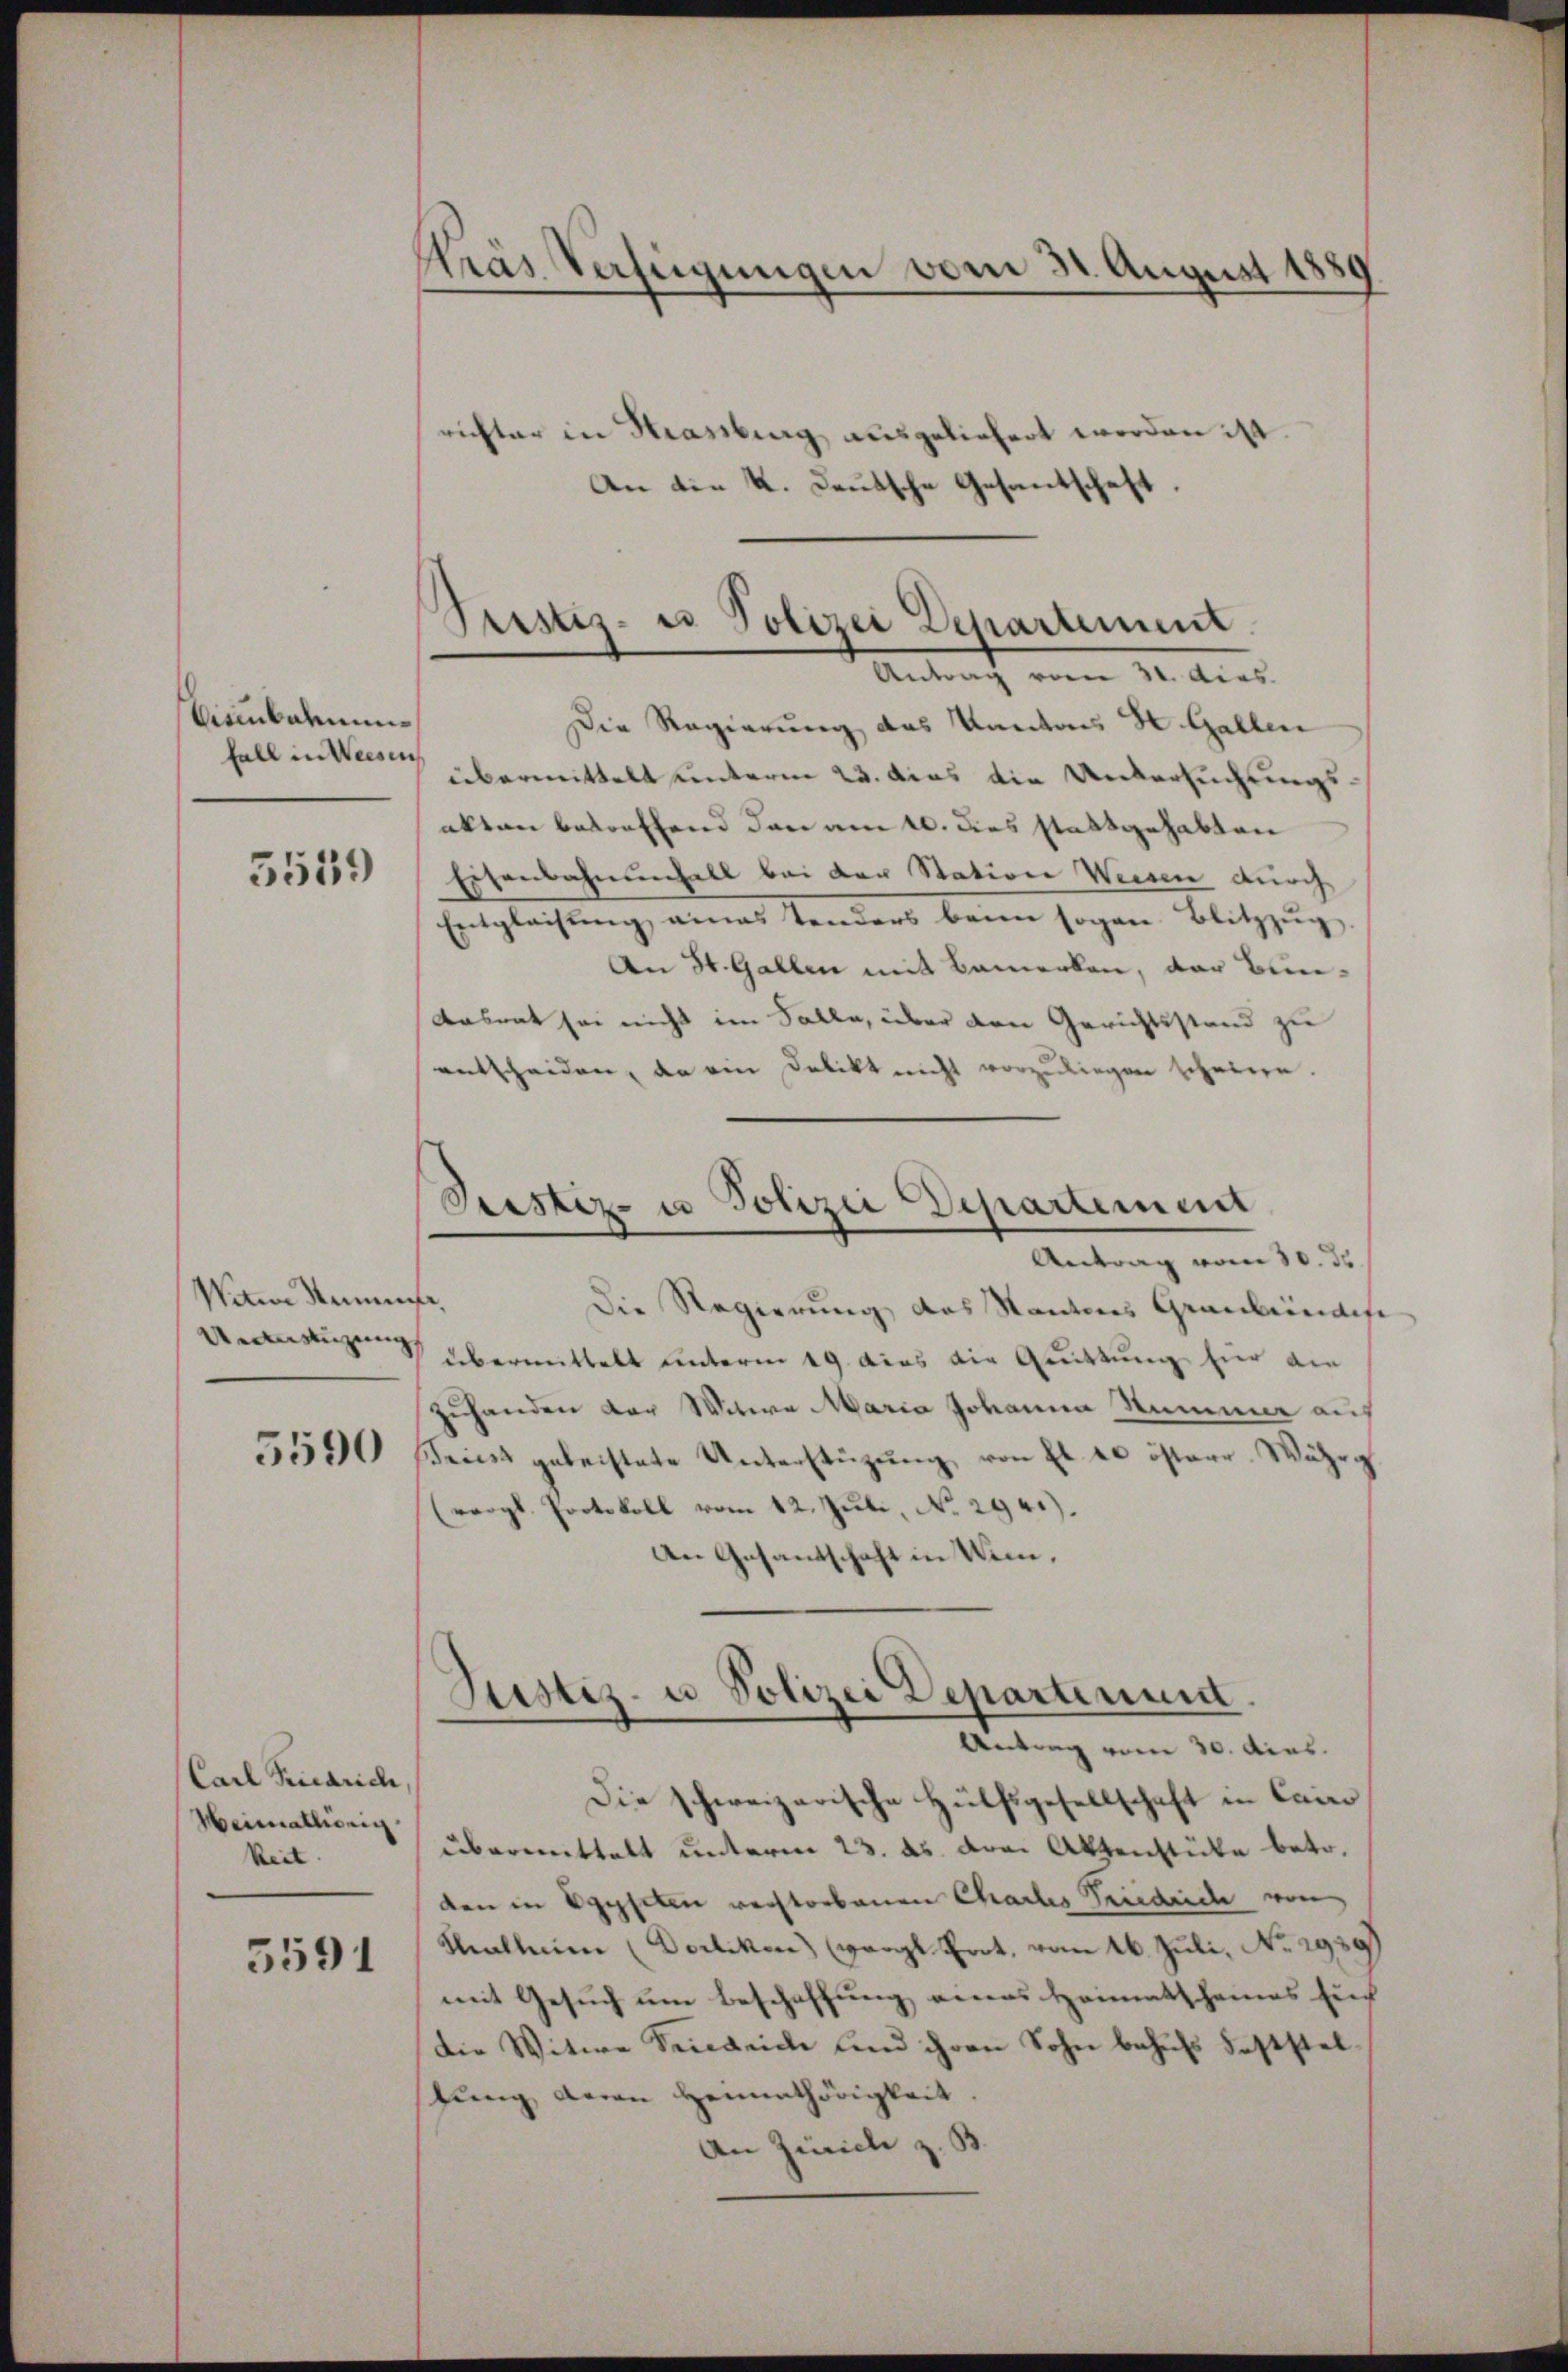
Eisenbahnunfall in Weesen

5539

Nina Sanen
Ueleistigung

5590

Carl Friedrich,
Heimathörig
keit.

5591

Kras Verfügungen vom 31. August 1889

richter in Krassburg ausgeliefert worden ist.
An die K. Deutsche Gesantschaft,

Justiz- u Polizei Departement
Antrag vom 31. dies

Justiz- u Polizei Departement
Antrag vom 30. ds.

Die Regierung das Kantons H. Gallen
übermittelt unterm 23. dies die Untersuchungsakten betreffend dann am 20. dies stattgehabten
Eisenbahnenfall bei der Station Weisen durch
Entgleichung, eines Sonders beim sogen Blitzug
An St. Gallen mit Bemerken, der Bun¬
Aasrat sei nicht im Falle, über den Gerichtsstand zu
entscheiden, da ein Delikt nicht vorzuliegen scheien.
.
Die Regierung des Kantons Graubündisc
übermittelt unterm 19. dies die Grüttung hier ain
Zuhanden der Witwe Maria Johanna Stummer auf
Triest geleistete Unterstützŭng von fl. 20 österr. Währe
(vergl. Protokoll vom 12. Juli, No 294.).
An Gesandschaft in Wein,
Justiz- u Polizei Departement.
Antrag vom 30. dies
Die schweizerische Hülfsgesellschaft in Cairo
übermittelt unterm 23. ds. drei Aktenstücke betr.
den in Egypten verstorbenen Chartes Friedriche von
Mallerien (Dorlikon (Vergl. Prot. vom 16. Juli, No 2939)
mit Gesuch um Beschaffung eines Heimatscheines sic
Die Witwe Feindrich und ihren Sohn behufs Feststeltung daran Heimathörigkeit
An Zürich z. B.